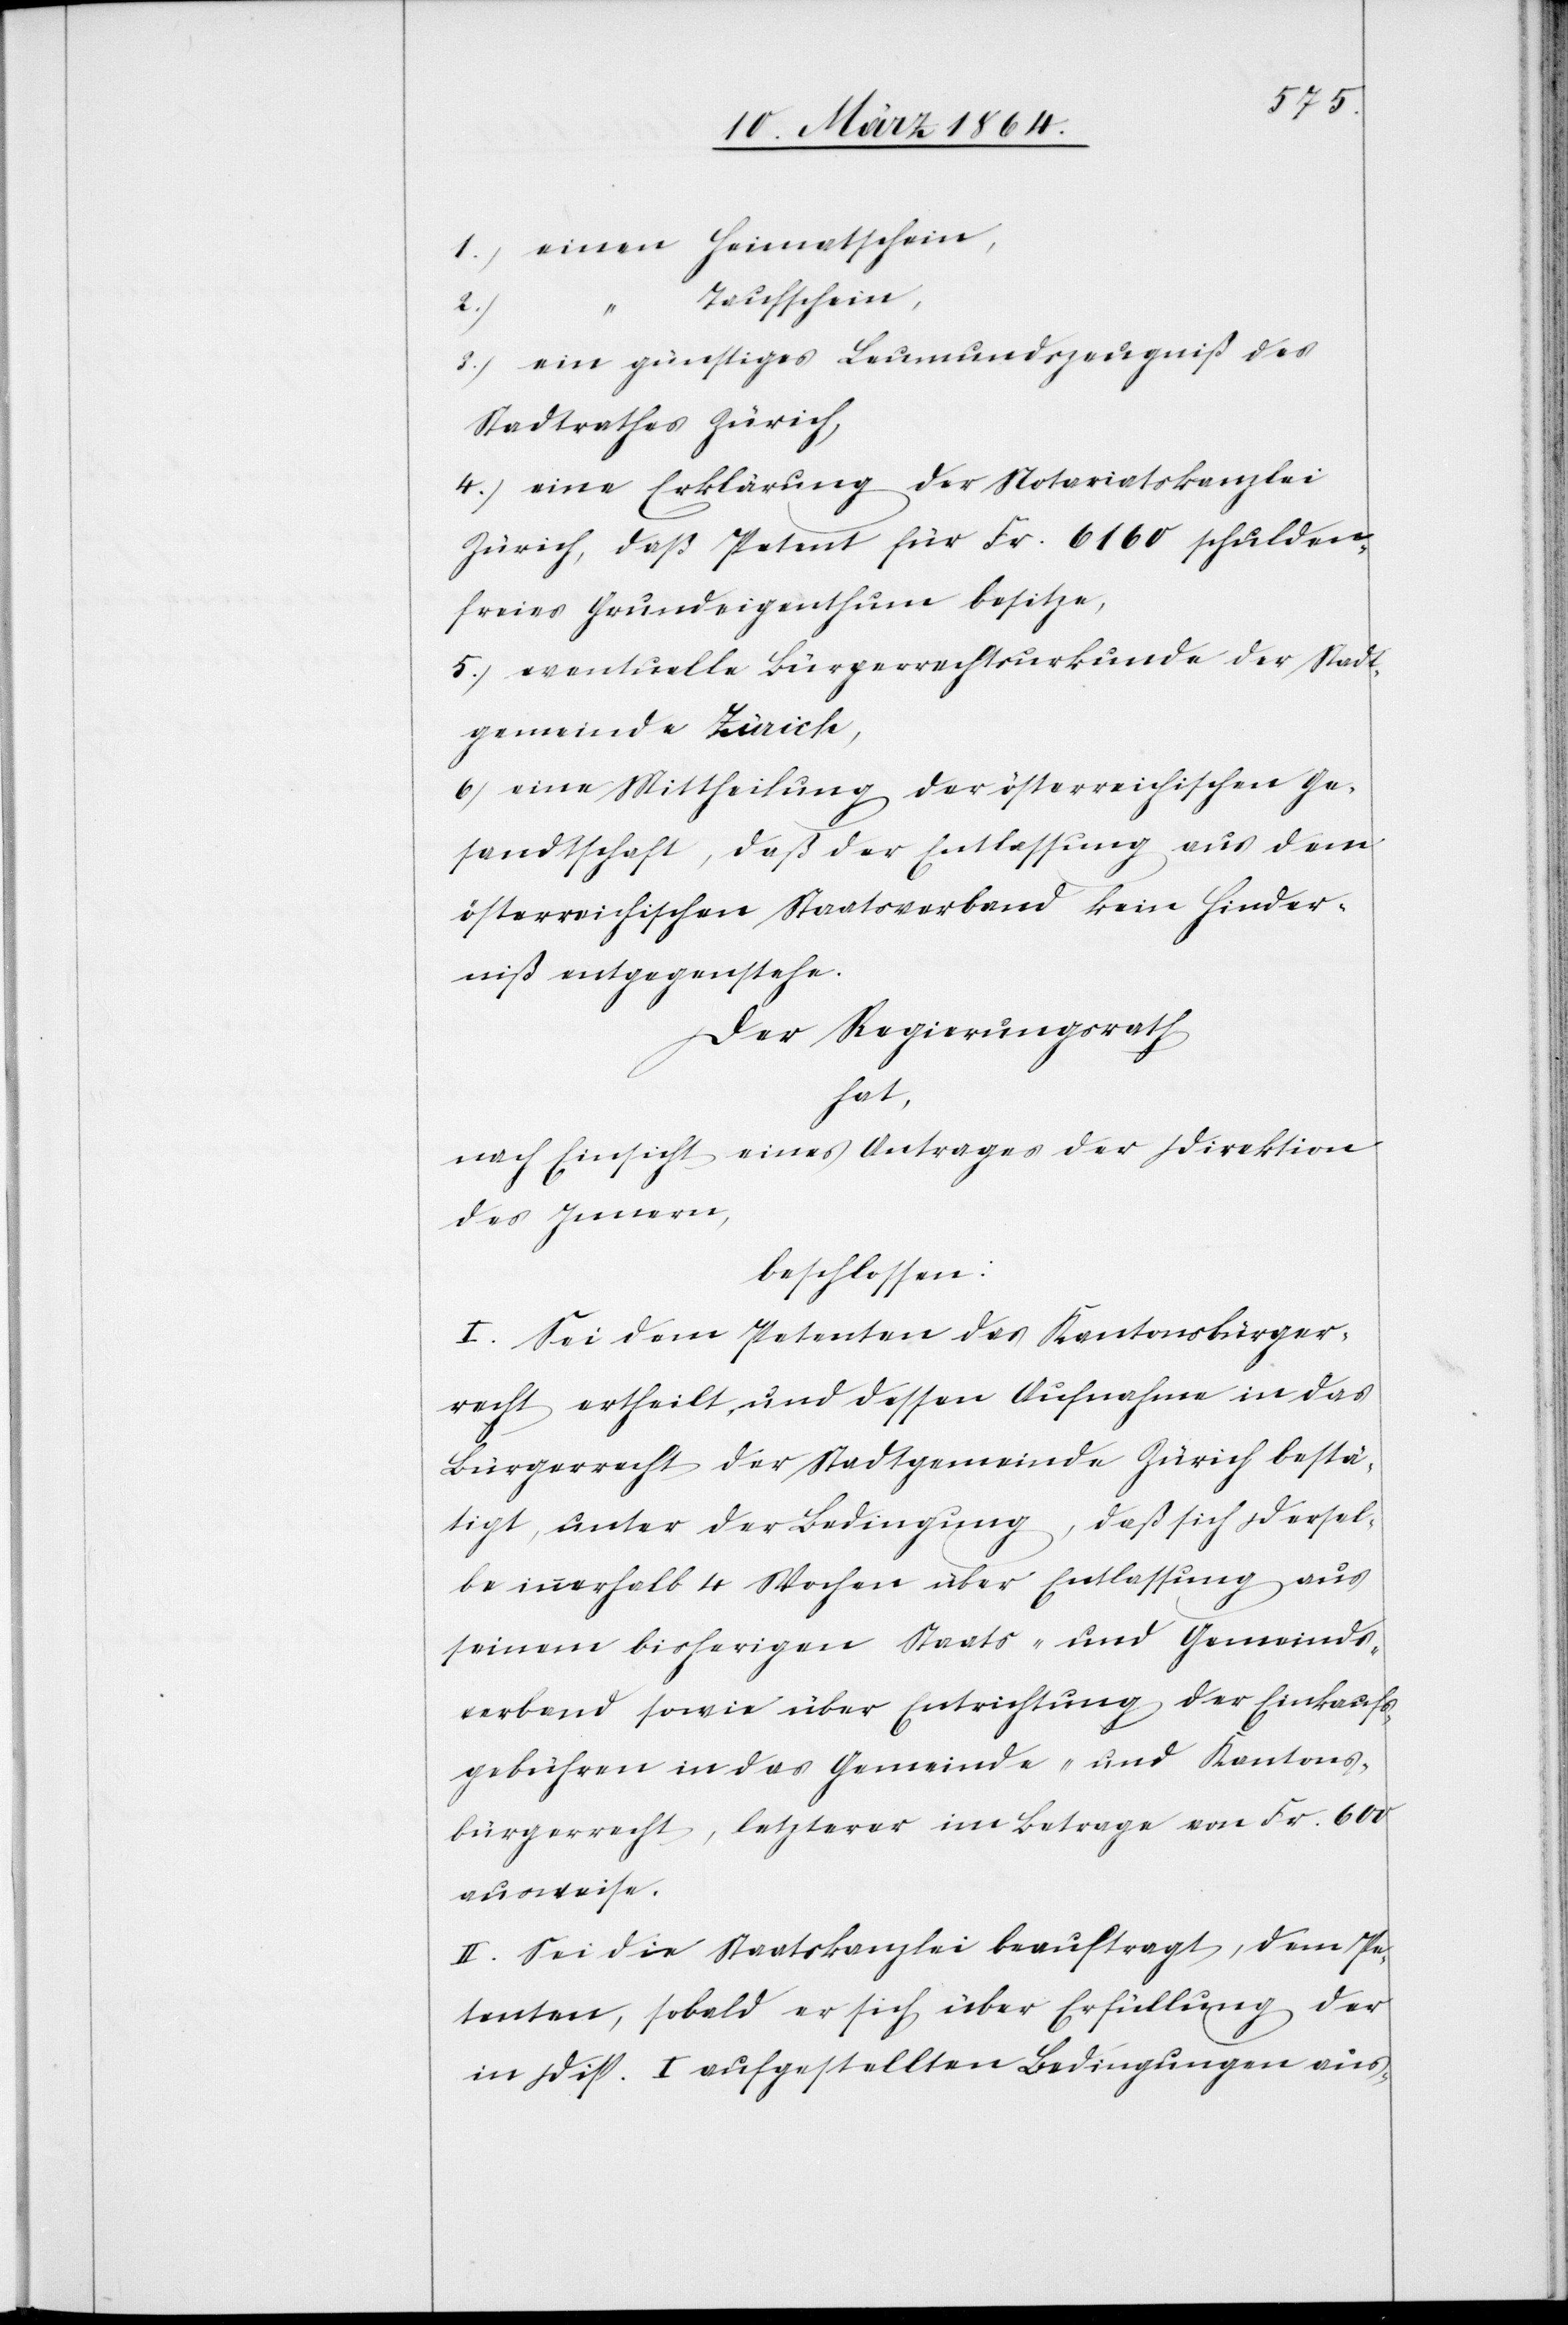
1.) einen Heimatschein,
Taufschein,
2.)
3.) ein günstiges Leumundszeugniß des
Stadtrathes Zürich,
4.) eine Erklärung der Notariatskanzlei
Zürich, daß Petent für Fr. 6160 schulden¬
freies Grundeigenthum besitze,
5.) eventuelle Bürgerrechtsurkunde der Stadt¬
gemeinde Zürich,
6.) eine Mittheilung der österreichischen Ge¬
sandtschaft, daß der Entlassung aus dem
österreichischen Staatsverband kein Hinder¬
niß entgegenstehe.
Der Regierungsrath
hat,
nach Einsicht eines Antrages der Direktion
des Innern,
beschlossen:
I. Sei dem Petenten das Kantonsbürger¬
recht ertheilt und dessen Aufnahme in das
Bürgerrecht der Stadtgemeinde Zürich bestä¬
tigt, unter der Bedingung, daß sich dersel¬
be innerhalb 4 Wochen über Entlassung aus
seinem bisherigen Staats- und Gemeinds¬
verband sowie über Entrichtung der Einkaufs¬
gebühren in das Gemeinde- und Kantons¬
bürgerrecht, letzterer im Betrage von Fr. 600
ausweise.
II. Sei die Staatskanzlei beauftragt, dem Pe¬
tenten, sobald er sich über Erfüllung der
in Disp. I aufgestellten Bedingungen aus-